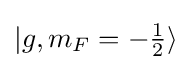
|g,m_{F}=-\textstyle {\frac {1}{2}}\rangle